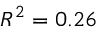
R ^ { 2 } = 0 . 2 6